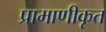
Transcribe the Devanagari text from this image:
प्रामाणीकृत